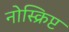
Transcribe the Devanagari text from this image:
नोस्क्रिप्ट